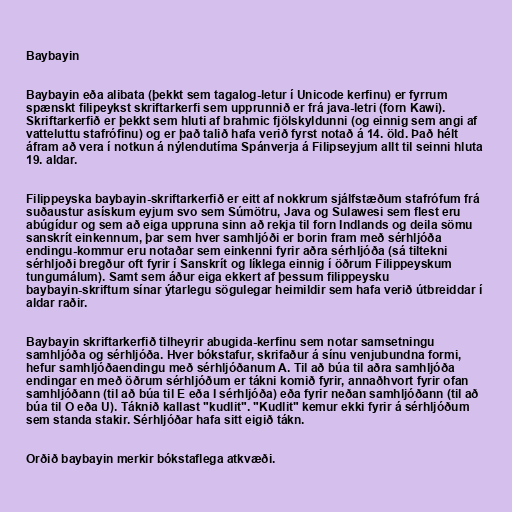
Baybayin

Baybayin eða alibata (þekkt sem tagalog-letur í Unicode kerfinu) er fyrrum
spænskt filipeykst skriftarkerfi sem upprunnið er frá java-letri (forn Kawi).
Skriftarkerfið er þekkt sem hluti af brahmic fjölskyldunni (og einnig sem angi af
vatteluttu stafrófinu) og er það talið hafa verið fyrst notað á 14. öld. Það hélt
áfram að vera í notkun á nýlendutíma Spánverja á Filipseyjum allt til seinni hluta
19. aldar.

Filippeyska baybayin-skriftarkerfið er eitt af nokkrum sjálfstæðum stafrófum frá
suðaustur asískum eyjum svo sem Súmötru, Java og Sulawesi sem flest eru
abúgídur og sem að eiga uppruna sinn að rekja til forn Indlands og deila sömu
sanskrít einkennum, þar sem hver samhljóði er borin fram með sérhljóða
endingu-kommur eru notaðar sem einkenni fyrir aðra sérhljóða (sá tiltekni
sérhljoði bregður oft fyrir í Sanskrít og líklega einnig í öðrum Filippeyskum
tungumálum). Samt sem áður eiga ekkert af þessum filippeysku
baybayin-skriftum sínar ýtarlegu sögulegar heimildir sem hafa verið útbreiddar í
aldar raðir.

Baybayin skriftarkerfið tilheyrir abugida-kerfinu sem notar samsetningu
samhljóða og sérhljóða. Hver bókstafur, skrifaður á sínu venjubundna formi,
hefur samhljóðaendingu með sérhljóðanum A. Til að búa til aðra samhljóða
endingar en með öðrum sérhljóðum er tákni komið fyrir, annaðhvort fyrir ofan
samhljóðann (til að búa til E eða I sérhljóða) eða fyrir neðan samhljóðann (til að
búa til O eða U). Táknið kallast "kudlit". "Kudlit" kemur ekki fyrir á sérhljóðum
sem standa stakir. Sérhljóðar hafa sitt eigið tákn.

Orðið baybayin merkir bókstaflega atkvæði.